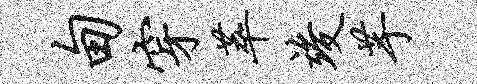
甸穿萃竣芋